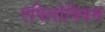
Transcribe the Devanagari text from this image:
एपिलोबियम